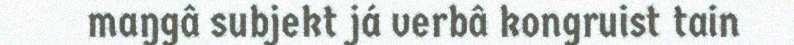
maŋgâ subjekt já verbâ kongruist tain